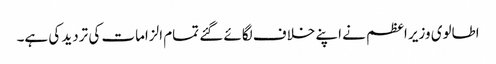
اطالوی وزیر اعظم نے اپنے خلاف لگائے گئے تمام الزامات کی تردید کی ہے۔